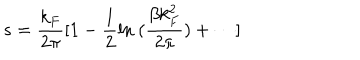
LaTeX: s = { \frac { k _ { F } } { 2 \pi } } [ 1 - { \frac { 1 } { 2 } } \mathrm { l n } ~ ( { \frac { \beta k _ { F } ^ { 2 } } { 2 \pi } } ) + \cdots ]